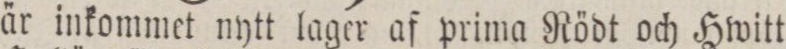
är inkommet nytt lager af prima Rödt och Hwitt